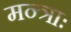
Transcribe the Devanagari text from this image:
मन्त्राः